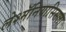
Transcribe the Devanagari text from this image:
लेश्मॅनियासिसला